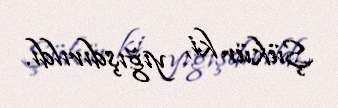
Şükür ki, yığışdırıldı.